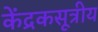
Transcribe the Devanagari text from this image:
केंद्रकसूत्रीय